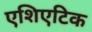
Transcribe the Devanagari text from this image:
एशिएटिक